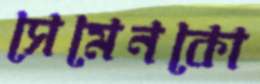
সেমেনকো